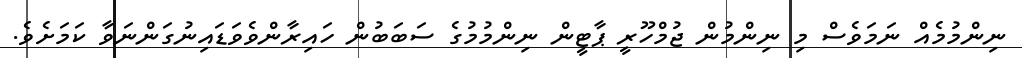
ނިންމުމެއް ނަމަވެސް މި ނިންމުން ޖުމްހޫރީ ޕާޓީން ނިންމުމުގެ ސަބަބުން ހައިރާންވެވަޑައިނުގަންނަވާ ކަމަށެވެ.